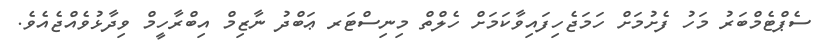
ސެޕްޓެމްބަރު މަހު ފެށުމަށް ހަމަޖެހިފައިވާކަމަށް ހެލްތް މިނިސްޓަރ ޢަބްދު ނާޒިމް އިބްރާހީމް ވިދާޅުވެއްޖެއެވެ.